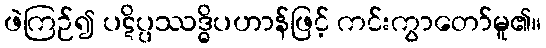
ဖဲကြဉ်၍ ပဋိပ္ပဿဒ္ဓိပဟာန်ဖြင့် ကင်းကွာတော်မူ၏။